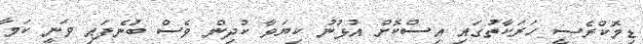
ޑިމޮކްރެސީ ހަރަކާތުގައި އިސްކޮށް އުޅުނު ކިޔަވާ ކުދިން ވެސް ބުނެފައި ވަނީ ކަމާ